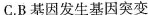
C.B基因发生基因突变